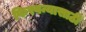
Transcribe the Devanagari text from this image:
फिरवन्यासाठी